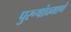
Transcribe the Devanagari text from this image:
पुरूषांप्रमाणे